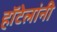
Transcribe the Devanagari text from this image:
हॉटेलांनी